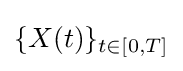
\{X(t)\}_{t\in [0,T]}